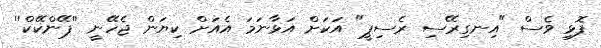
ފޮޅި ވެސް "އިނގިރޭސި ރެސިޕީ" އަކަށް އަޅާނަމަ އެއަށް ކިޔަން ޖެހޭނީ ''ޕޭންކޭކް''